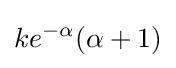
ke^{-\alpha }(\alpha +1)